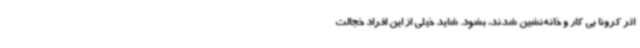
اثر کرونا بی کار و خانه‌نشین شدند، بشود. شاید خیلی از این افراد خجالت